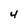
Character: 4